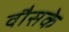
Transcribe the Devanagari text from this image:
वौसके